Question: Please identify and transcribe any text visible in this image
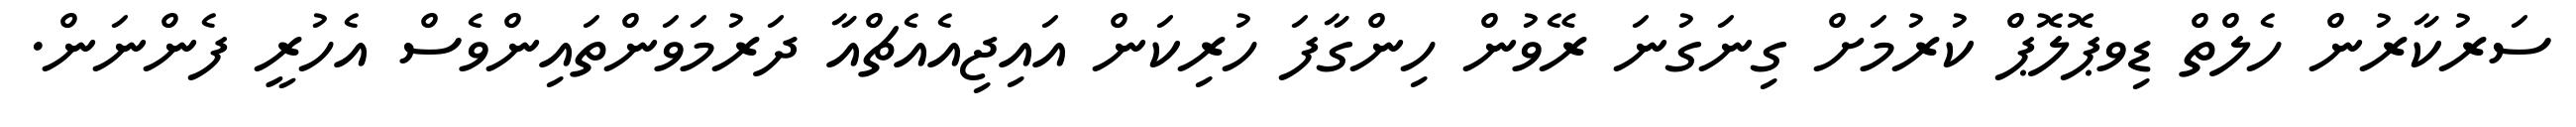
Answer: ސަރުކާރުން ހެލްތް ޑިވޕޮލޮޕް ކުރުމަށް ގިނަގުނަ ރޭވުން ހިންގާފަ ހުރިކަން އައިޖިއެއެޗްއާ ދަރުމަވަންތައިންވެސް އެހުރީ ފެންނަން.